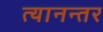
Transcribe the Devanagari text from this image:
त्यानन्तर